Indian Civil Veterinary Department memoirs
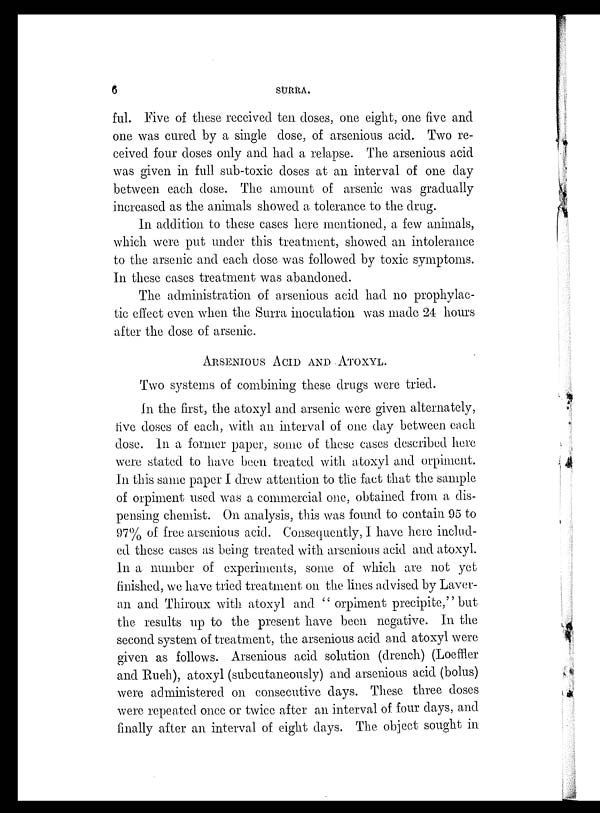
6
SURRA.
ful. Five of these received ten doses, one eight, one five and
one was cured by a single dose, of arsenious acid. Two re-
ceived four doses only and had a relapse. The arsenious acid
was given in full sub-toxic doses at an interval of one day
between each dose. The amount of arsenic was gradually
increased as the animals showed a tolerance to the drug.
In addition to these cases here mentioned, a few animals,
which were put under this treatment, showed an intolerance
to the arsenic and each dose was followed by toxic symptoms.
In these cases treatment was abandoned.
The administration of arsenious acid had no prophylac-
tic effect even when the Surra inoculation was made 24 hours
after the dose of arsenic.
ARSENIOUS ACID AND ATOXYL.
Two systems of combining these drugs were tried.
In the first, the atoxyl and arsenic were given alternately,
five doses of each, with an interval of one day between each
dose. In a former paper, some of these cases described here
were stated to have been treated with atoxyl and orpiment.
In this same paper I drew attention to the fact that the sample
of orpiment used was a commercial one, obtained from a dis-
pensing chemist. On analysis, this was found to contain 95 to
97% of free arsenious acid. Consequently, I have here includ-
ed these cases as being treated with arsenious acid and atoxyl.
In a number of experiments, some of which are not yet
finished, we have tried treatment on the lines advised by Laver¬
an and Thiroux with atoxyl and "orpiment precipite." but
the results up to the present have been negative. In the
second system of treatment, the arsemous acid and atoxyl were
given as follows. Arsenious acid solution (drench) (Loeffler
and Rueh), atoxyl (subcutaneously) and arsenious acid (bolus)
were administered on consecutive days. These three doses
were repeated once or twice after an interval of four days, and
finally after an interval of eight days. The object sought in